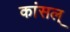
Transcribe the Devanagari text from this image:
कांसल्